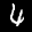
Label: 4